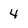
Character: 4